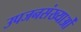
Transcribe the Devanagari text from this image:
उपजनसंख्याओं